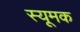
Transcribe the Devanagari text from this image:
स्यूमक